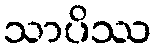
သာပိဿ